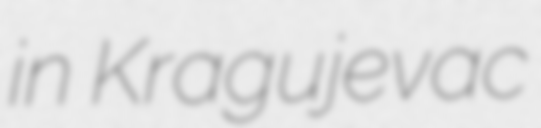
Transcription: in Kragujevac